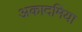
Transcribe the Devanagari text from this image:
अकादमिया